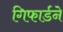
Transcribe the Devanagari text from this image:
गिफार्डने